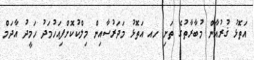
އަތޮޅު ޤުރުއާން މުބާރާތުގެ ތަށި ހއ އަތޮޅު މަދަރުސާއިން މިލްކުކޮށްފިއަހުމަދު ހަމީދު އާދަމް